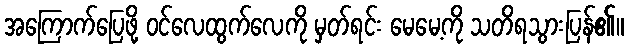
အကြောက်ပြေဖို့ ဝင်လေထွက်လေကို မှတ်ရင်း မေမေ့ကို သတိရသွားပြန်၏။